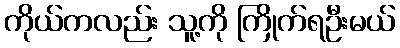
ကိုယ်ကလည်း သူ့ကို ကြိုက်ရဦးမယ်